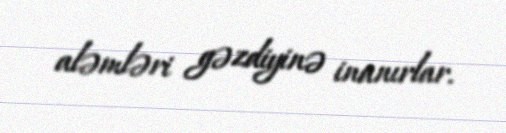
aləmləri gəzdiyinə inanırlar.